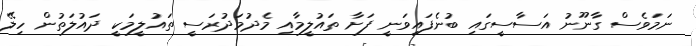
ނަމަވެސް ގާނޫނު އަސާސީގައި ބުނެފައިވަނީ ފަށާ ތައުލީމާއި މެދުމަދުރަސީ ތައުލީމަކީ ދައުލަތުން ހިލޭ